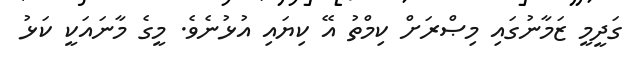
ގަދީމީ ޒަމާނުގައި މިޞްރަށް ކިމްތު އޭ ކިޔައި އުޅުނެވެ. މީގެ މާނައަކީ ކަޅު